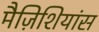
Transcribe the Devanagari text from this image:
मैज़िशियांस